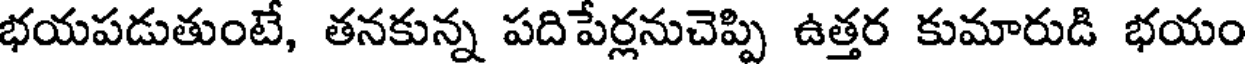
భయపడుతుంటే, తనకున్న పదిపేర్లనుచెప్పి ఉత్తర కుమారుడి భయం